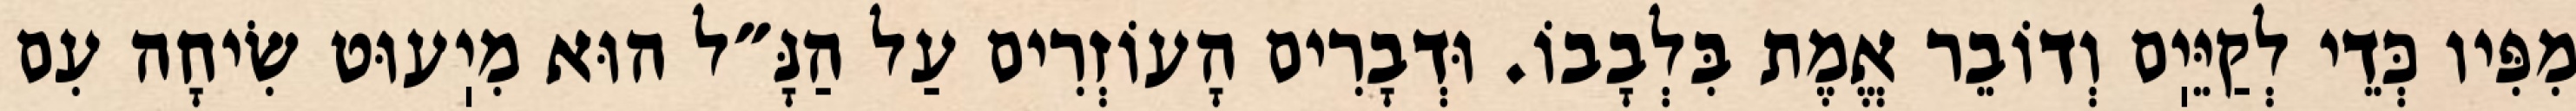
מִפִּיו כְּדֵי לְקַיֵּיֽם וְדוֹבֵר אֱמֶת בִּלְבָבוֹ. וּדְבָרִים הָעוֹזְרִים עַל הַנָּ״ל הוּא מִיֽעוּט שִׂיחָה עִם